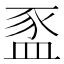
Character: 䀃